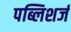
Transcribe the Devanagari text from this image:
पब्लिशर्ज